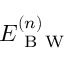
E _ { \mathrm { ~ B ~ W ~ } } ^ { ( n ) }